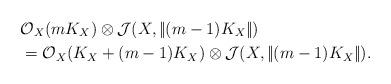
LaTeX: \begin{align*}&\mathcal O_X(mK_X)\otimes \mathcal J(X, |\!| (m-1)K_X|\!|)\\ &=\mathcal O_X(K_X+(m-1)K_X)\otimes \mathcal J(X, |\!| (m-1)K_X|\!|).\end{align*}